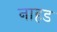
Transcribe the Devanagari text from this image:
नाहड